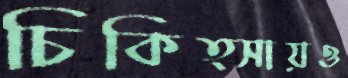
চিকিত্সায়ও